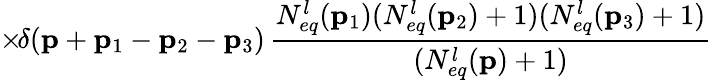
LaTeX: \times\! \delta({\mathbf p}+{\mathbf p}_{1}-{\mathbf p}_{2}-{\mathbf p}_{3})\, \frac{N_{eq}^{l}({\mathbf p}_{1})(N_{eq}^{l}({\mathbf p}_{2})+1)(N_{eq}^{l}({\mathbf p}_{3})+1)}{(N_{eq}^{l}({\mathbf p})+1)}